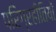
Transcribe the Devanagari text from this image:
परिग्रहीतियों